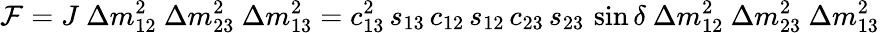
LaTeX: {\cal F}=J~\Delta m_{12}^{2}~\Delta m_{23}^{2}~\Delta m_{13}^{2}=c_{13}^{2}\, s_{13}\, c_{12}\, s_{12}\, c_{23}\, s_{23}\, \sin\delta~\Delta m_{12}^{2}~\Delta m_{23}^{2}~\Delta m_{13}^{2}